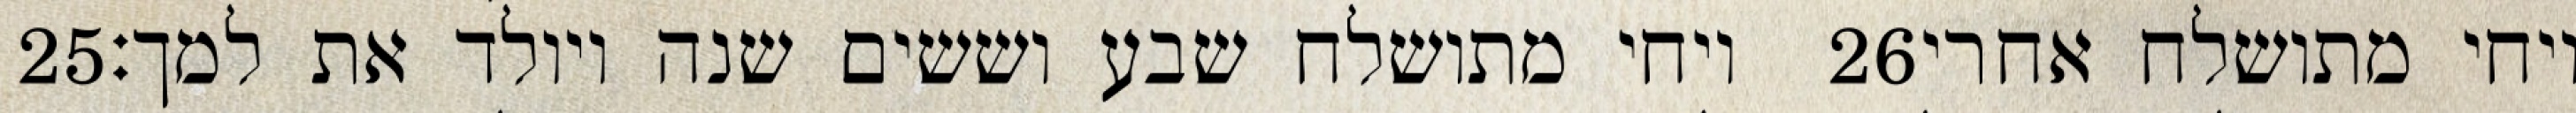
‎25‏ ויחי מתושלח שבע וששים שנה ויולד את למך׃ ‎26‏ ויחי מתושלח אחרי